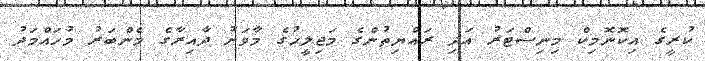
ކުރީގެ އިކޮނޮމިކް މިނިސްޓަރު އަދި ރައްޔިތުންގެ މަޖިލީހުގެ މާވަށު ދާއިރާގެ މެންބަރު މުހައްމަަދު